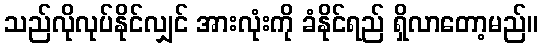
သည်လိုလုပ်နိုင်လျှင် အားလုံးကို ခံနိုင်ရည် ရှိလာတော့မည်။